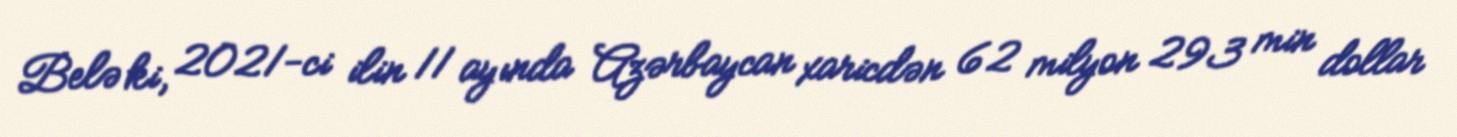
Belə ki, 2021-ci ilin 11 ayında Azərbaycan xaricdən 62 milyon 293 min dollar